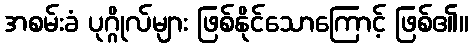
အစမ်းခံ ပုဂ္ဂိုလ်များ ဖြစ်နိုင်သောကြောင့် ဖြစ်၏။